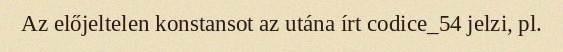
Az előjeltelen konstansot az utána írt codice_54 jelzi, pl.